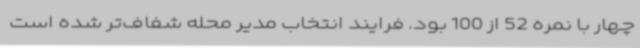
چهار با نمره 52 از 100 بود. فرایند انتخاب مدیر محله شفاف‌تر شده است